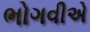
ભોગવીએ